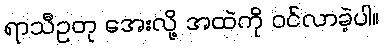
ရာသီဥတု အေးလို့ အထဲကို ဝင်လာခဲ့ပါ။